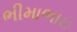
ભીમાભાઇ